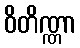
ဝိတိဏ္ဏာ